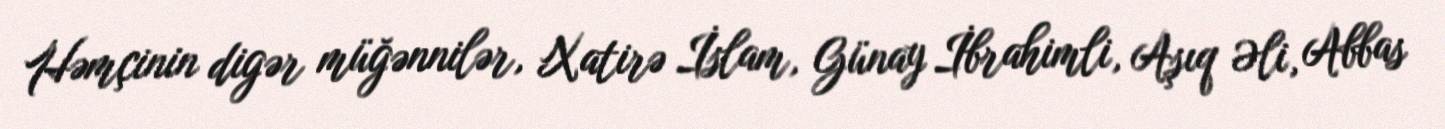
Həmçinin digər müğənnilər, Xatirə İslam, Günay İbrahimli, Aşıq Əli, Abbas